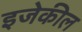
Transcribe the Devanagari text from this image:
इजेकील